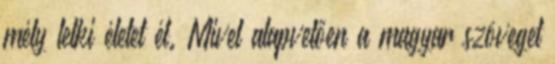
mély lelki életet él. Mivel alapvetően a magyar szöveget